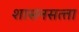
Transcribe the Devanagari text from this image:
शासनसत्‍ता